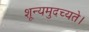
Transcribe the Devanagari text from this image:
शून्यमुदच्यते।